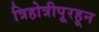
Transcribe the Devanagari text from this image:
त्रिहोत्रीपूरहून